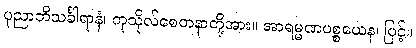
ပုညာဘိသင်္ခါရာနံ၊ ကုသိုလ်စေတနာတို့အား။ အာရမ္မဏပစ္စယေန၊ ဖြင့်။